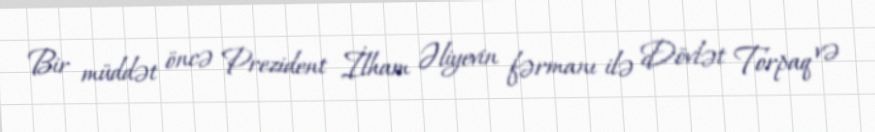
Bir müddət öncə Prezident İlham Əliyevin fərmanı ilə Dövlət Torpaq və